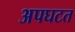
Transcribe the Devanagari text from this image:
अपघटत